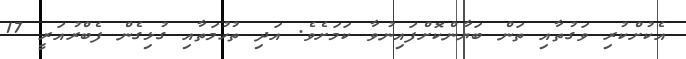
އެކުށްކުރި ވަގުތާއި ތަން ބަޔާންކޮށްފައިނުވާ ކަމަށެވެ. އަދި ތުހުމަތާއި ގުޅިގެން ފެބްރުއަރީ 17